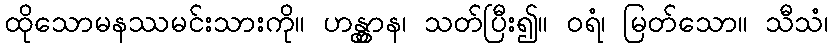
ထိုသောမနဿမင်းသားကို။ ဟန္တွာန၊ သတ်ပြီး၍။ ဝရံ၊ မြတ်သော။ သီသံ၊